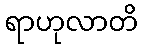
ရာဟုလာတိ